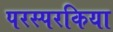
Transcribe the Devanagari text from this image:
परस्परकिया